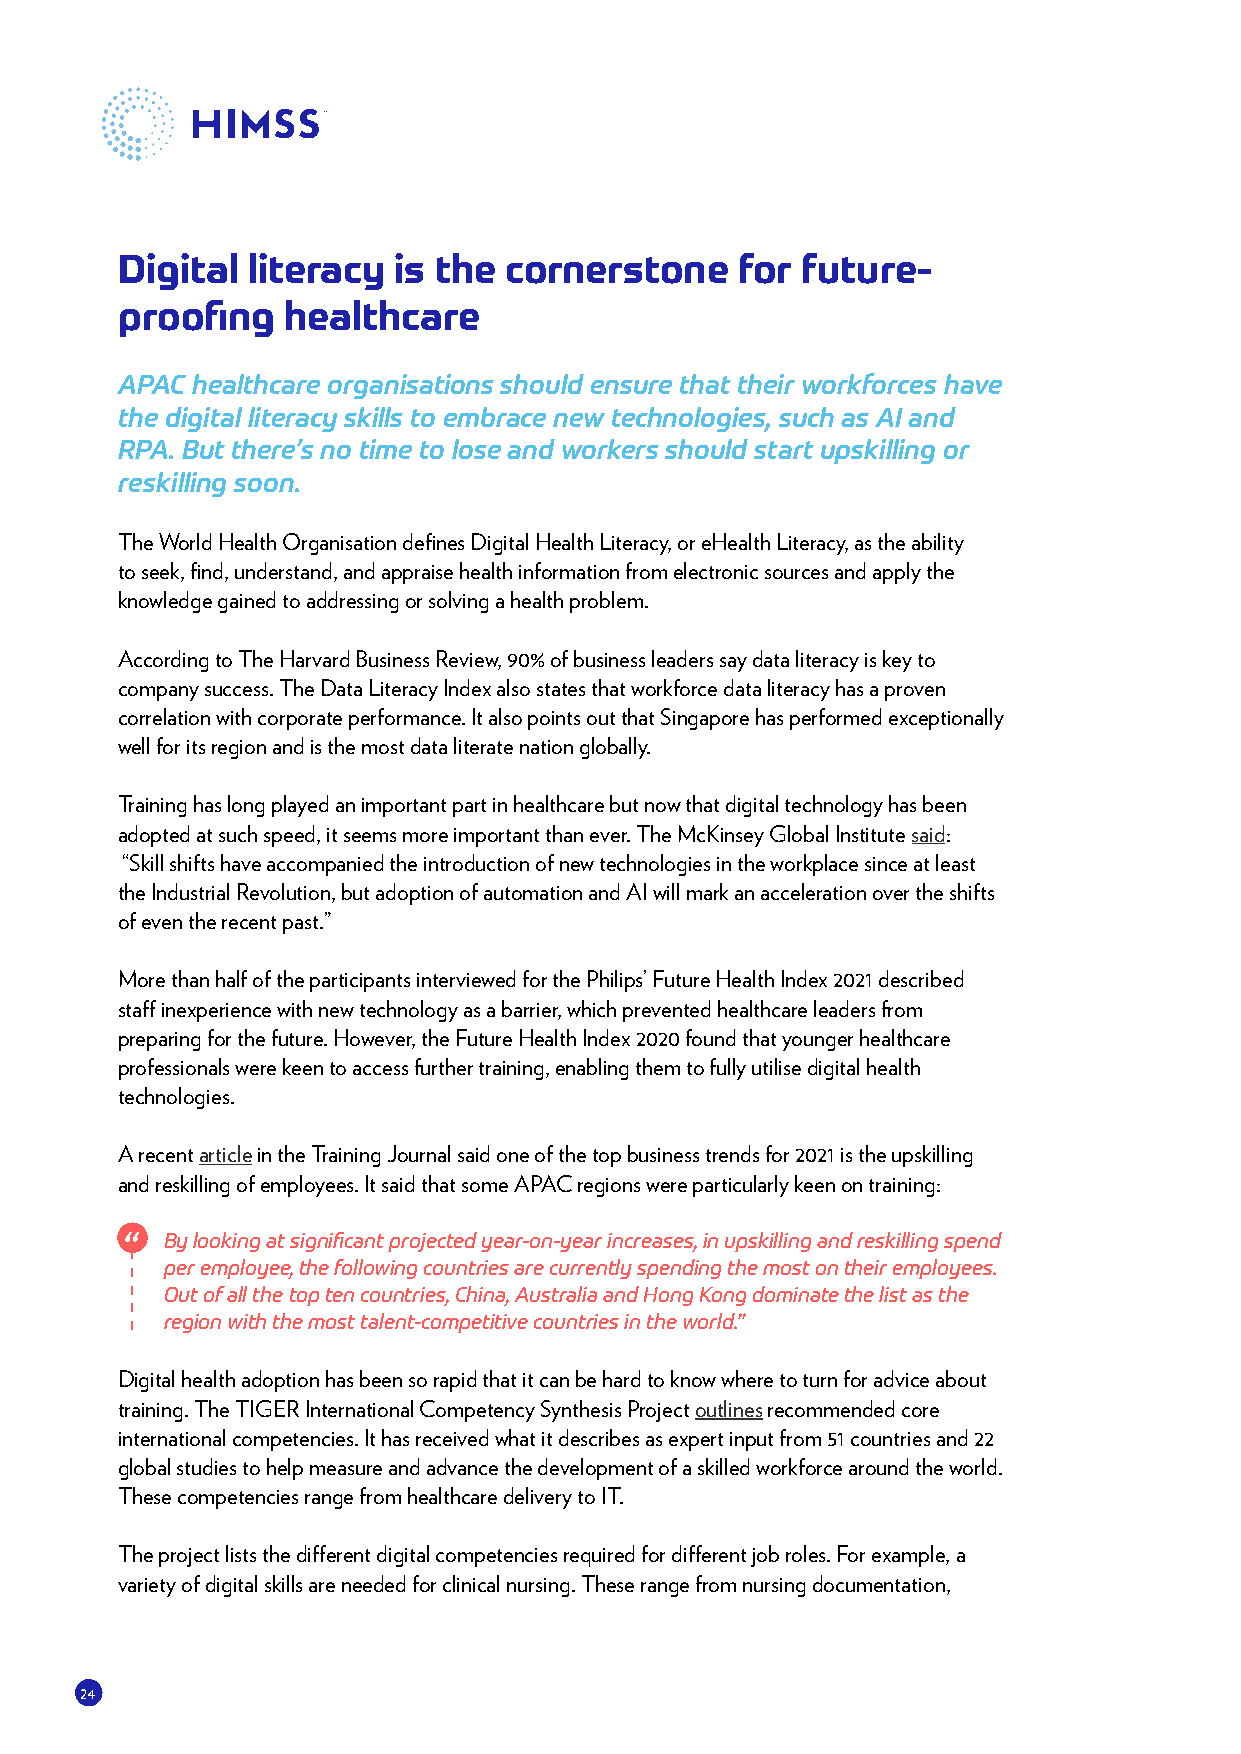
Digital literacy  is the cornerstone     for future-
 proofing   healthcare
 APAC healthcare organisations should ensure that their workforces have
 the digital literacy skills to embrace new technologies, such as AI and
 RPA. But there’s no time to lose and workers should start upskilling or
 reskilling soon.
 The World Health Organisation defines Digital Health Literacy, or eHealth Literacy, as the ability
 to seek, find, understand, and appraise health information from electronic sources and apply the
 knowledge gained to addressing or solving a health problem.
 According to The Harvard Business Review, 90% of business leaders say data literacy is key to
 company success. The Data Literacy Index also states that workforce data literacy has a proven
 correlation with corporate performance. It also points out that Singapore has performed exceptionally
 well for its region and is the most data literate nation globally.
 Training has long played an important part in healthcare but now that digital technology has been
 adopted at such speed, it seems more important than ever. The McKinsey Global Institute said:
 “Skill shifts have accompanied the introduction of new technologies in the workplace since at least
 the Industrial Revolution, but adoption of automation and AI will mark an acceleration over the shifts
 of even the recent past.”
 More than half of the participants interviewed for the Philips’ Future Health Index 2021 described
 staff inexperience with new technology as a barrier, which prevented healthcare leaders from
 preparing for the future. However, the Future Health Index 2020 found that younger healthcare
 professionals were keen to access further training, enabling them to fully utilise digital health
 technologies.
 A recent article in the Training Journal said one of the top business trends for 2021 is the upskilling
 and reskilling of employees. It said that some APAC regions were particularly keen on training:
 By looking at significant projected year-on-year increases, in upskilling and reskilling spend
 per employee, the following countries are currently spending the most on their employees.
 Out of all the top ten countries, China, Australia and Hong Kong dominate the list as the
 region with the most talent-competitive countries in the world.”
 Digital health adoption has been so rapid that it can be hard to know where to turn for advice about
 training. The TIGER International Competency Synthesis Project outlines recommended core
 international competencies. It has received what it describes as expert input from 51 countries and 22
 global studies to help measure and advance the development of a skilled workforce around the world.
 These competencies range from healthcare delivery to IT.
 The project lists the different digital competencies required for different job roles. For example, a
 variety of digital skills are needed for clinical nursing. These range from nursing documentation,
 24